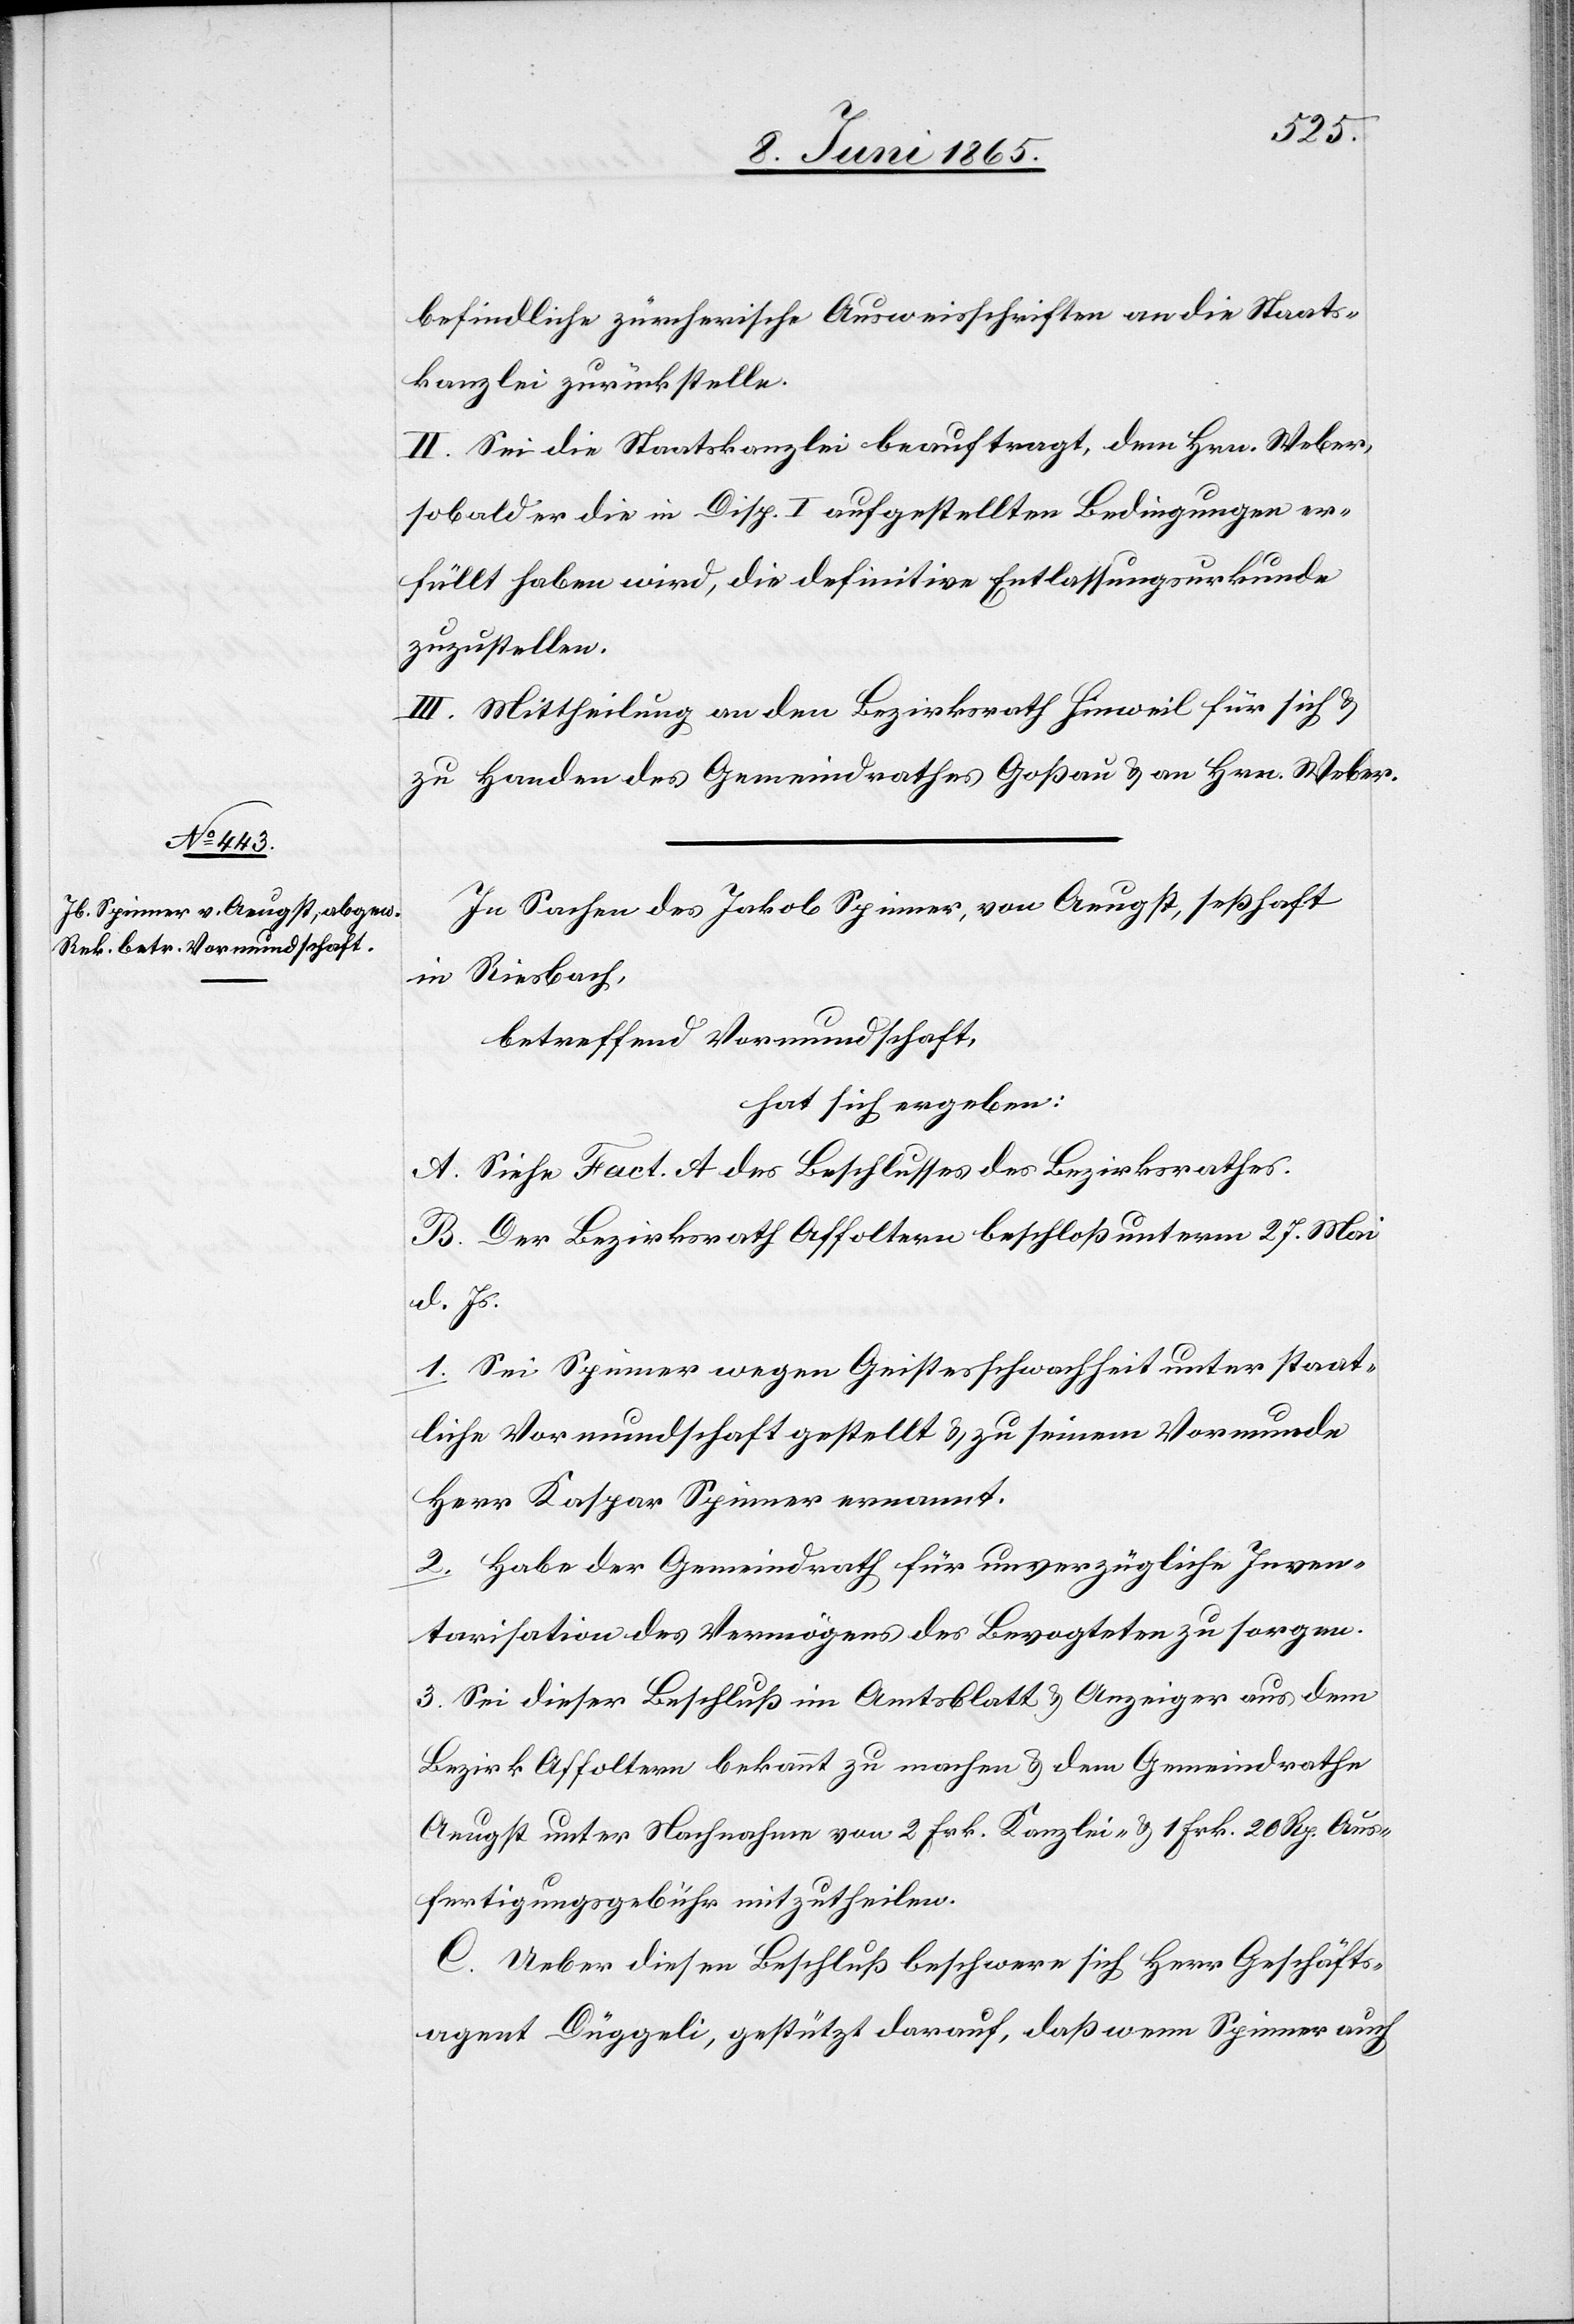
befindliche zürcherische Ausweisschriften an die Staats¬
kanzlei zurückstelle.
II. Sei die Staatskanzlei beauftragt, dem Hrn. Weber,
sobald er die in Disp. I aufgestellten Bedingungen er¬
füllt haben wird, die definitive Entlassungsurkunde
zuzustellen.
III. Mittheilung an den Bezirksrath Hinweil für sich &
zu Handen des Gemeindrathes Goßau & an Hrn. Weber.
In Sachen des Jakob Spinner, von Aeugst, seßhaft
in Riesbach,
betreffend Vormundschaft,
hat sich ergeben:
A. Siehe Fact. A des Beschlusses des Bezirksrathes.
B. Der Bezirksrath Affoltern beschloß unterm 27. Mai
d. Js.
1. Sei Spinner wegen Geistesschwachheit unter staat¬
liche Vormundschaft gestellt & zu seinem Vormunde
Herr Kaspar Spinner ernannt.
2. Habe der Gemeindrath für unverzügliche Inven¬
tarisation des Vermögens des Bevogteten zu sorgen.
3. Sei dieser Beschluß im Amtsblatt & Anzeiger aus dem
Bezirk Affoltern bekannt zu machen & dem Gemeindrathe
Aeugst unter Nachnahme von 2 Frk. Kanzlei- & 1 Frk. 20 Rp. Aus¬
fertigungsgebühr mitzutheilen.
C. Ueber diesen Beschluß beschwere sich Herr Geschäfts¬
agent Düggeli, gestützt darauf, das wenn Spinner auch